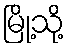
မြို့သို့